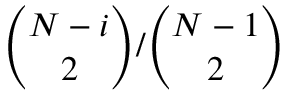
\binom { N - i } { 2 } / \binom { N - 1 } { 2 }